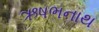
ઋષભનાથ